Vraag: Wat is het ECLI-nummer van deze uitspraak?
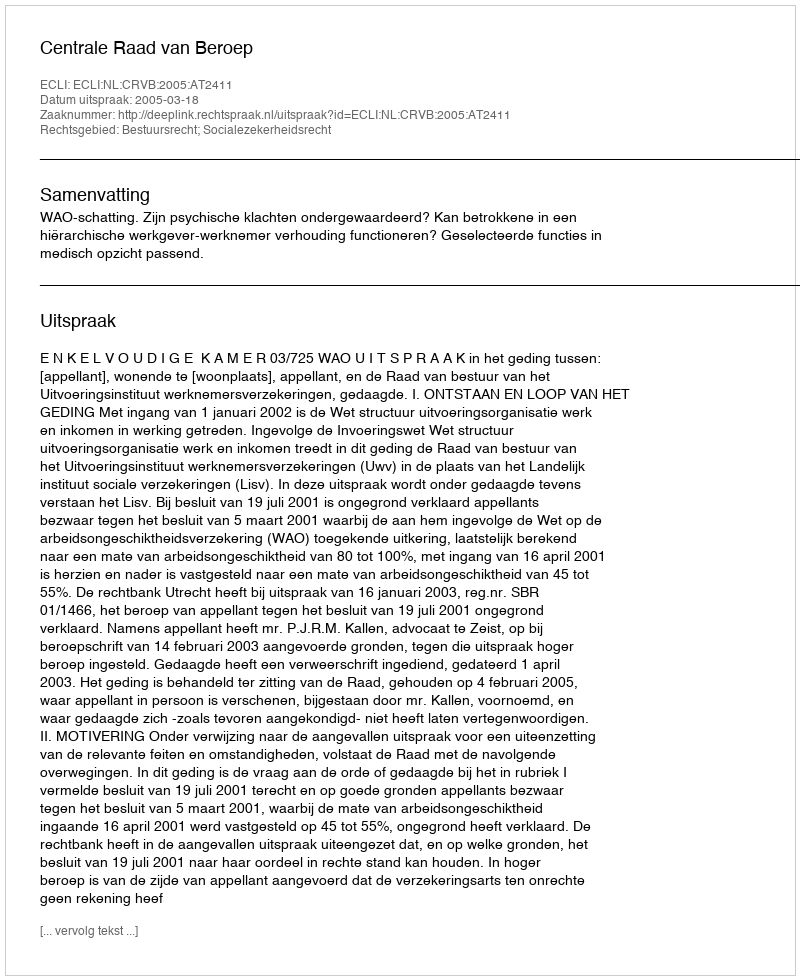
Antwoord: ECLI:NL:CRVB:2005:AT2411